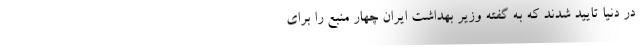
در دنیا تایید شدند که به گفته وزیر بهداشت ایران چهار منبع را برای